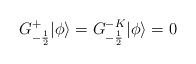
LaTeX: \begin{align*}G^{+}_{-\frac{1}{2}}|\phi \rangle =G^{-K}_{-\frac{1}{2}} |\phi \rangle = 0\end{align*}